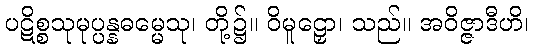
ပဋိစ္စသုမုပ္ပန္နဓမ္မေသု၊ တို့၌။ ဝိမူဠှော၊ သည်။ အဝိဇ္ဇာဒီဟိ၊